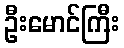
ဦးမောင်ကြီး